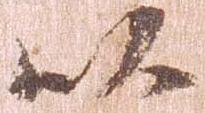
以